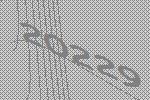
20229